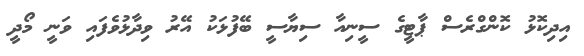
އިދިކޮޅު ކޮންގްރެސް ޕާޓީގެ ސީނިއާ ސިޔާސީ ބޭފުޅަކު އޭރު ވިދާޅުވެފައި ވަނީ މޯދީ